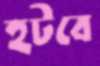
হটবে